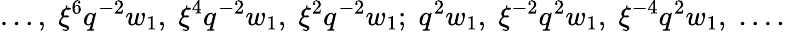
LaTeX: \ldots,\; \xi^{6}q^{-2}w_{1},\; \xi^{4}q^{-2}w_{1},\; \xi^{2}q^{-2}w_{1};\; q^{2}w_{1},\; \xi^{-2}q^{2}w_{1},\; \xi^{-4}q^{2}w_{1},\; \ldots.